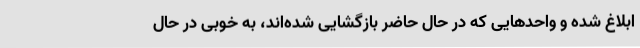
ابلاغ شده و واحدهایی که در حال حاضر بازگشایی شده‌اند، به خوبی در حال